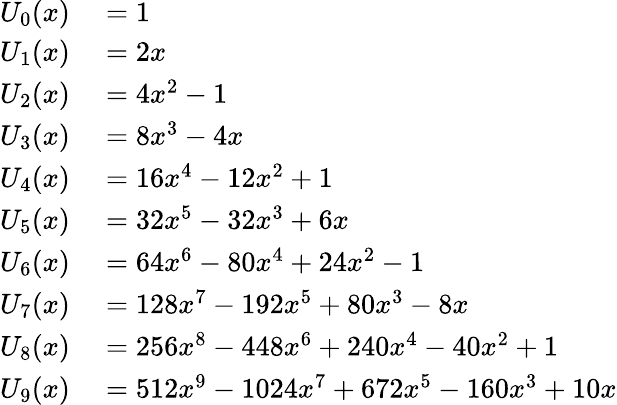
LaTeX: \begin{array}{rl}{U_{0}(x)}&{{}=1}\\ {U_{1}(x)}&{{}=2x}\\ {U_{2}(x)}&{{}=4x^{2}-1}\\ {U_{3}(x)}&{{}=8x^{3}-4x}\\ {U_{4}(x)}&{{}=16x^{4}-12x^{2}+1}\\ {U_{5}(x)}&{{}=32x^{5}-32x^{3}+6x}\\ {U_{6}(x)}&{{}=64x^{6}-80x^{4}+24x^{2}-1}\\ {U_{7}(x)}&{{}=128x^{7}-192x^{5}+80x^{3}-8x}\\ {U_{8}(x)}&{{}=256x^{8}-448x^{6}+240x^{4}-40x^{2}+1}\\ {U_{9}(x)}&{{}=512x^{9}-1024x^{7}+672x^{5}-160x^{3}+10x}\end{array}